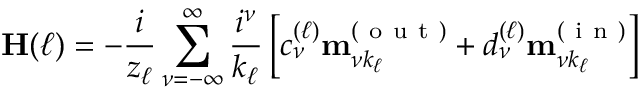
\mathbf { H } ( \ell ) = - \frac { i } { z _ { \ell } } \sum _ { \nu = - \infty } ^ { \infty } \frac { i ^ { \nu } } { k _ { \ell } } \left[ c _ { \nu } ^ { ( \ell ) } \mathbf { m } _ { \nu k _ { \ell } } ^ { ( \mathrm { ~ o ~ u ~ t ~ } ) } + d _ { \nu } ^ { ( \ell ) } \mathbf { m } _ { \nu k _ { \ell } } ^ { ( \mathrm { ~ i ~ n ~ } ) } \right]